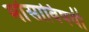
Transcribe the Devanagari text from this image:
मांसाविषयी